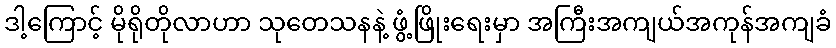
ဒါ့ကြောင့် မိုရိုတိုလာဟာ သုတေသနနဲ့ ဖွံ့ဖြိုးရေးမှာ အကြီးအကျယ်အကုန်အကျခံ